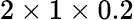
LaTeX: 2\times 1\times 0.2